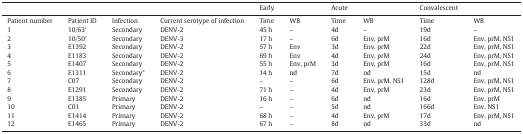
<table><thead><tr><td colspan="4"></td><td><b>Early</b></td><td></td><td><b>Acute</b></td><td></td><td><b>Convalescent</b></td><td></td></tr></thead><tbody><tr><td>Patient number</td><td>Patient ID</td><td>Infection</td><td>Current serotype of infection</td><td>Time</td><td>WB</td><td>Time</td><td>WB</td><td>Time</td><td>WB</td></tr><tr><td>1</td><td>10/63&#x27;</td><td>Secondary</td><td>DENV-2</td><td>45 h</td><td>–</td><td>4d</td><td>–</td><td>19d</td><td>–</td></tr><tr><td>2</td><td>10/50&#x27;</td><td>Secondary</td><td>DENV-3</td><td>17 h</td><td>–</td><td>6d</td><td>Env, prM</td><td>16d</td><td>Env, prM, NS1</td></tr><tr><td>3</td><td>E1392</td><td>Secondary</td><td>DENV-2</td><td>57 h</td><td>Env</td><td>3d</td><td>Env, prM</td><td>22d</td><td>Env, prM, NS1</td></tr><tr><td>4</td><td>E1183</td><td>Secondary</td><td>DENV-2</td><td>69 h</td><td>Env</td><td>4d</td><td>Env, prM</td><td>24d</td><td>Env, prM, NS1</td></tr><tr><td>5</td><td>E1407</td><td>Secondary</td><td>DENV-2</td><td>55 h</td><td>Env, prM</td><td>3d</td><td>Env, prM</td><td>16d</td><td>Env, prM, NS1</td></tr><tr><td>6</td><td>E1311</td><td>Secondary*</td><td>DENV-2</td><td>14 h</td><td>nd</td><td>7d</td><td>nd</td><td>15d</td><td>nd</td></tr><tr><td>7</td><td>C07</td><td>Secondary</td><td>DENV-2</td><td>–</td><td>–</td><td>6d</td><td>Env, prM, NS1</td><td>128d</td><td>Env, prM, NS1</td></tr><tr><td>8</td><td>E1291</td><td>Secondary</td><td>DENV-2</td><td>71 h</td><td>–</td><td>4d</td><td>Env, prM</td><td>23d</td><td>Env, prM, NS1</td></tr><tr><td>9</td><td>E1385</td><td>Primary</td><td>DENV-2</td><td>16 h</td><td>–</td><td>6d</td><td>nd</td><td>16d</td><td>Env, prM</td></tr><tr><td>10</td><td>C01</td><td>Primary</td><td>DENV-2</td><td>–</td><td>–</td><td>5d</td><td>nd</td><td>166d</td><td>Env, NS1</td></tr><tr><td>11</td><td>E1414</td><td>Primary</td><td>DENV-2</td><td>68 h</td><td>–</td><td>4d</td><td>Env, prM</td><td>17d</td><td>Env, prM, NS1</td></tr><tr><td>12</td><td>E1465</td><td>Primary</td><td>DENV-2</td><td>67 h</td><td>–</td><td>8d</td><td>nd</td><td>33d</td><td>nd</td></tr></tbody></table>